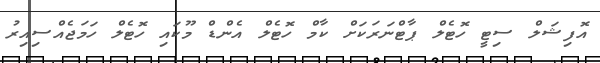
އޮފިޝަލް ސިޓީ ހޮޓެލް ޕާޓްނަރަކަށް ކާމް ހޮޓެލް އެންޑް މޫކައި ހޮޓެލް ހަމަޖެއްސިއިރު